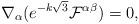
LaTeX: \begin{align*}\nabla _{\alpha }(e^{-k\sqrt{3}}\mathcal{F}^{\alpha \beta })=0,\end{align*}